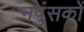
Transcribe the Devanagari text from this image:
नपुंसकों